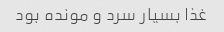
غذا بسیار سرد و مونده بود